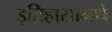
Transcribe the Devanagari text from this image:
इतिहासामधे